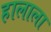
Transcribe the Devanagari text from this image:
हालाला